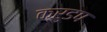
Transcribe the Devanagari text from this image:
क्रुडप